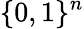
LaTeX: \{ 0,1\} ^{n}